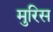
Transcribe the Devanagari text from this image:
मुरिस